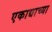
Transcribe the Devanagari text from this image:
एकाद्याच्या